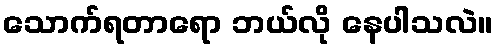
သောက်ရတာရော ဘယ်လို နေပါသလဲ။